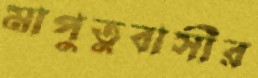
মাপুতুবাসীর